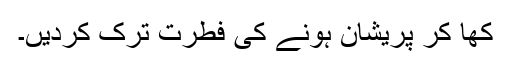
کھا کر پریشان ہونے کی فطرت ترک کردیں۔